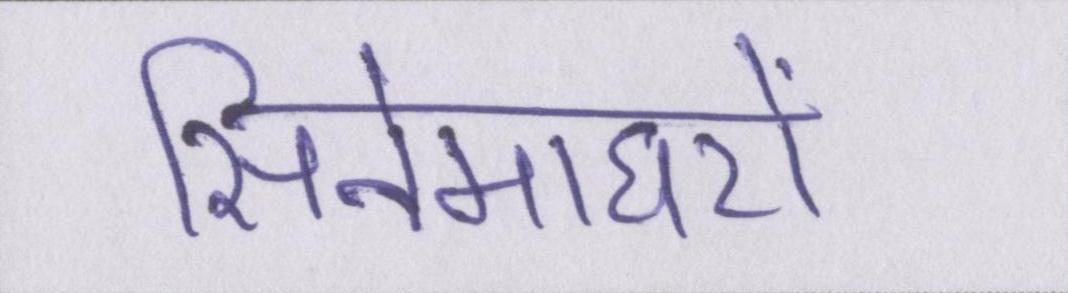
सिनेमाघरों